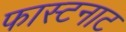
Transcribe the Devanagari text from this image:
फास्टनाट